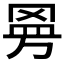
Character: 𱻀